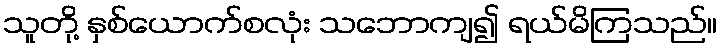
သူတို့ နှစ်ယောက်စလုံး သဘောကျ၍ ရယ်မိကြသည်။